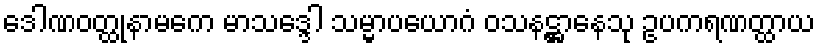
ဒေါဏဝတ္ထုနာမကေ မာသဒ္ဒေါ သမ္မာပယောဂံ ဝသနဋ္ဌာနေသု ဥပကရဏတ္ထာယ